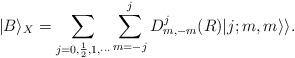
LaTeX: \begin{align*}|B\rangle_{X} =\sum_{j=0,\frac{1}{2},1,\cdots}\sum_{m=-j}^{j}D^j_{m,-m}(R)|j;m,m\rangle\rangle.\end{align*}